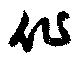
化